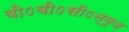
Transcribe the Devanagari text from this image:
बी०बी०सी०न्यूज़